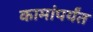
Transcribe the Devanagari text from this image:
कामांपर्यंत